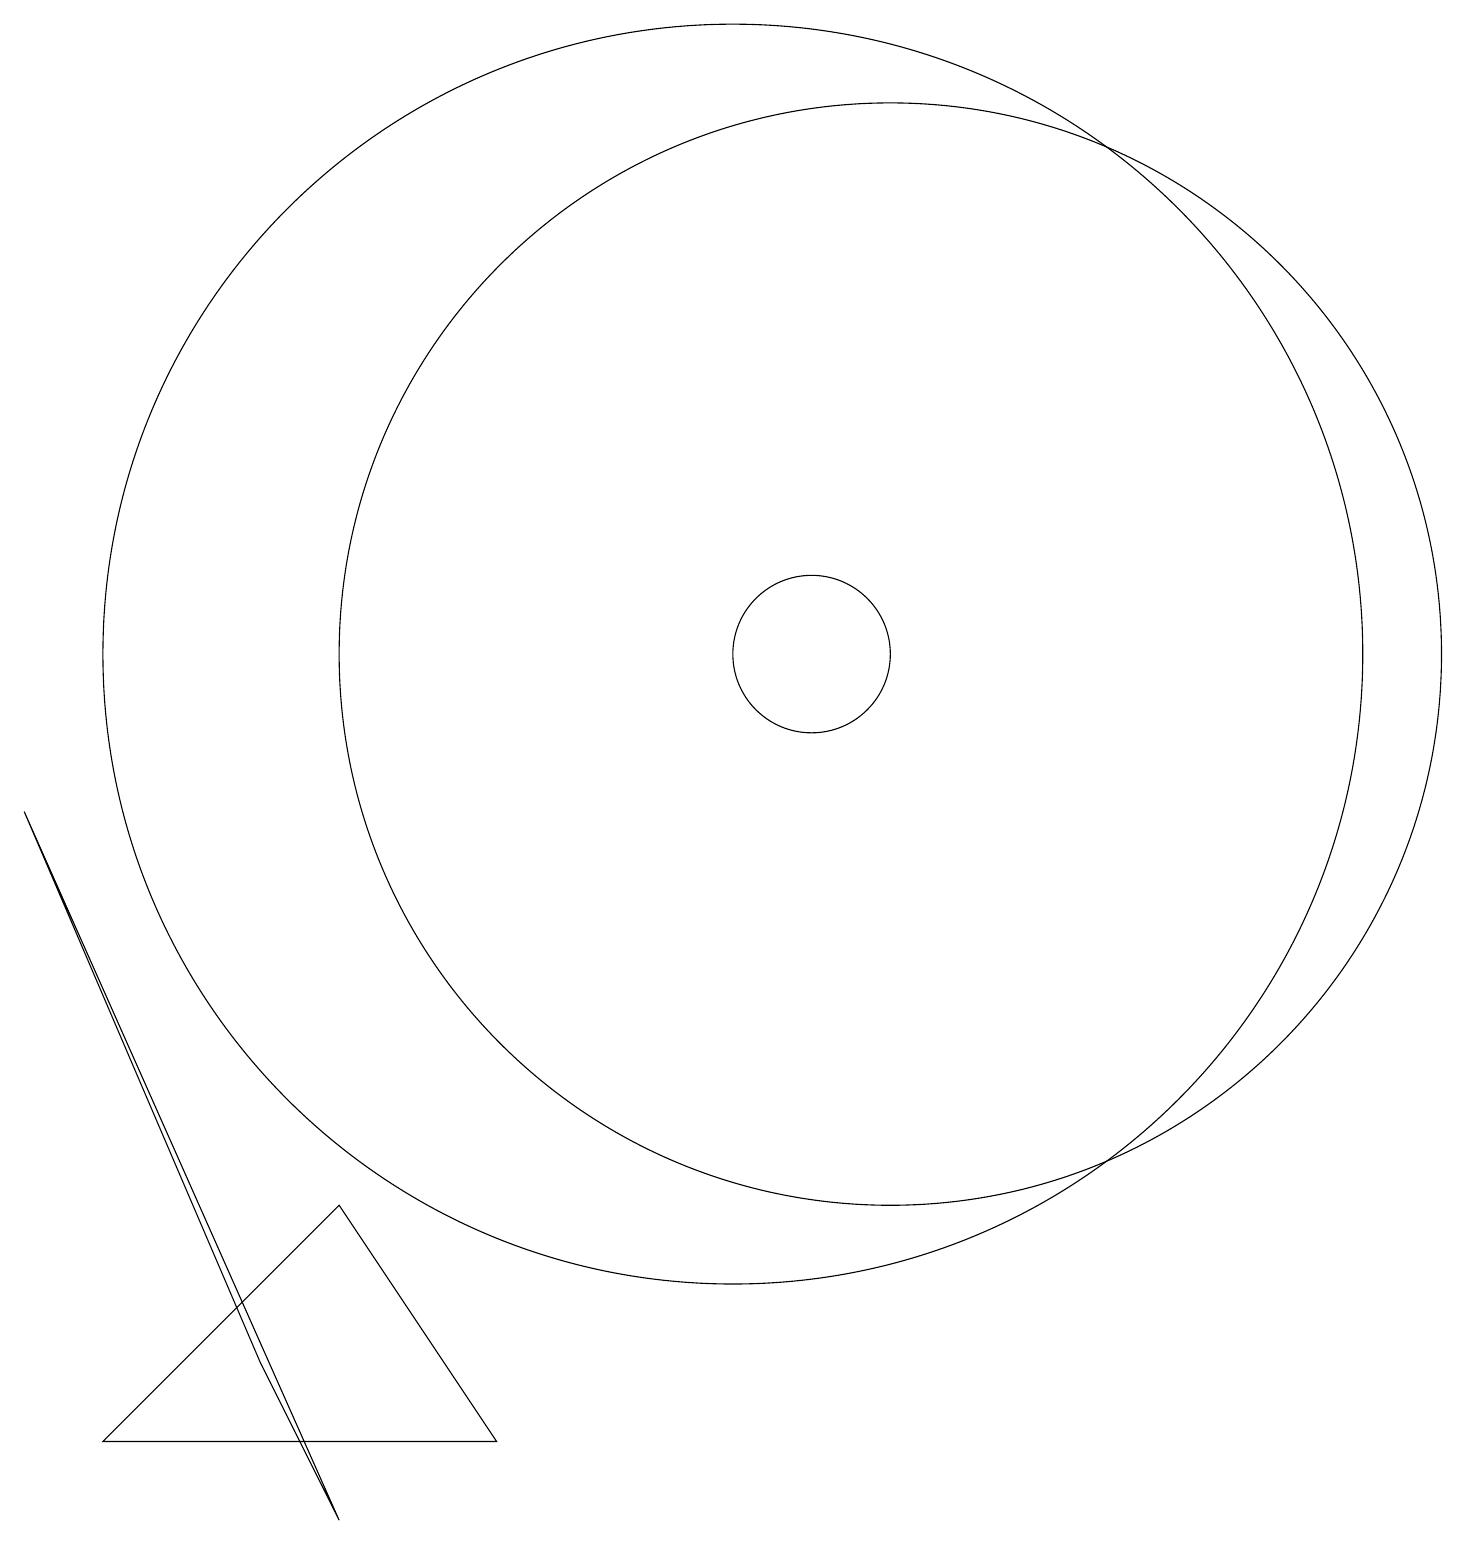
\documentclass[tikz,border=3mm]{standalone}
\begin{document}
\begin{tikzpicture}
\draw (12,11) circle (7);
\draw (4,2) -- (5,0) -- (1,9) -- cycle;
\draw (11,11) circle (1);
\draw (10,11) circle (8);
\draw (5,4) -- (7,1) -- (2,1) -- cycle;
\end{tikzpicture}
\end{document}